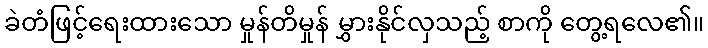
ခဲတံဖြင့်ရေးထားသော မှုန်တိမှုန် မွှားနိုင်လှသည့် စာကို တွေ့ရလေ၏။